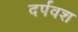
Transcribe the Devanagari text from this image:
दर्पवश